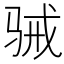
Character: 𮪢